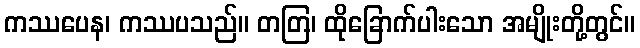
ကဿပေန၊ ကဿပသည်။ တတြ၊ ထိုခြောက်ပါးသော အမျိုးတို့တွင်။